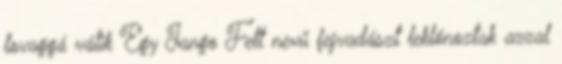
lovaggá válik Egy Jango Fett nevű fejvadászt leklónoztak azzal